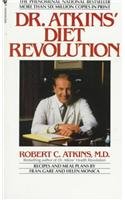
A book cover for Dr. Atkin's Diet Revolution; Robert C. Atkins; Health, Fitness & Dieting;